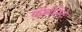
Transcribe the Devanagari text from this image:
कोवीनेंट